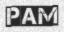
PAM